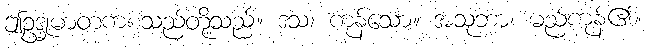
ဤဥဒ္ဓုမာတကစသည်တို့သည်။ ဒသ၊ ကုန်သော။ အသုဘာ၊ မည်ကုန်၏။